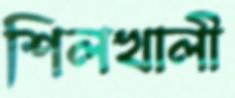
শিলখালী